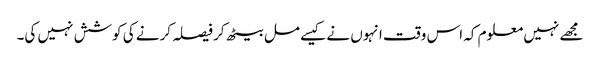
مجھے نہیں معلوم کہ اس وقت انہوں نے کیسے مل بیٹھ کر فیصلہ کرنے کی کوشش نہیں کی۔